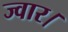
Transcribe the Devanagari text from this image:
ज्वार।